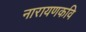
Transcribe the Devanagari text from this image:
नारायणकवि